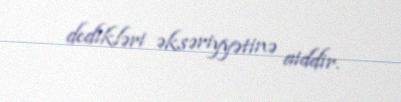
dedikləri əksəriyyətinə aiddir.